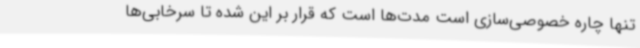
تنها چاره خصوصی‌سازی است مدت‌ها است که قرار بر این شده تا سرخابی‌ها